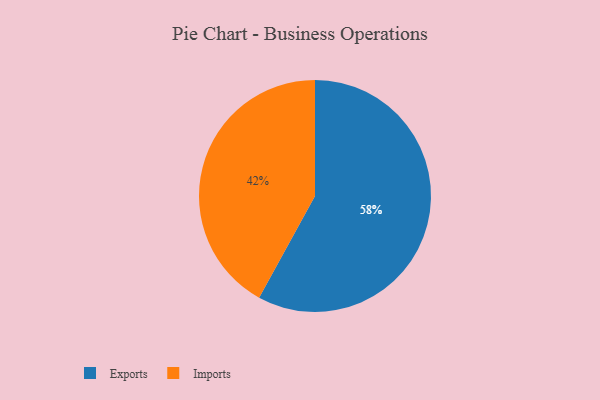
{"axis": {"x": "Category", "y": "Percentage"}, "legend": ["Exports", "Imports"], "data": [{"x": "Imports", "y": 42, "type": "Imports"}, {"x": "Exports", "y": 58, "type": "Exports"}]}